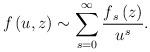
LaTeX: \begin{align*}f\left( u,z\right) \sim \sum\limits_{s=0}^{\infty }\frac{f{_{s}\left(z\right) }}{u^{s}}.\end{align*}